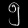
Digit: ၅